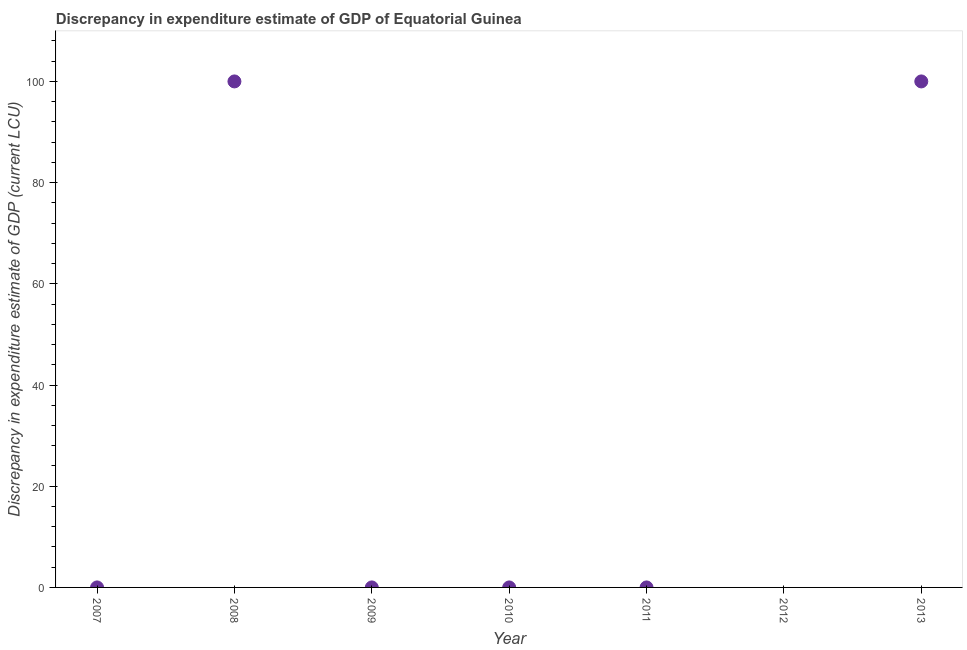
| Year | Discrepancy current LCU |
 | --- | --- |
 | 2007 | 0.000466 |
 | 2008 | 100 |
 | 2009 | 0.000349 |
 | 2010 | -0.000466 |
 | 2011 | -0.000466 |
 | 2012 | -100 |
 | 2013 | 100 |